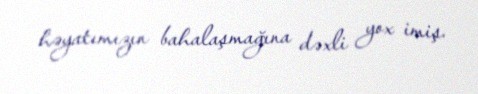
həyatımızın bahalaşmağına dəxli yox imiş.